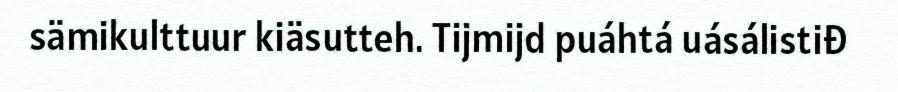
sämikulttuur kiäsutteh. Tijmijd puáhtá uásálistiđ